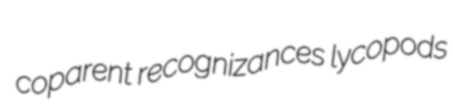
coparent recognizances lycopods